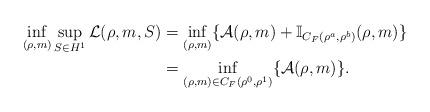
LaTeX: \begin{align*} \inf_{(\rho,m)}\sup_{S\in H^1}\mathcal L(\rho,m,S) &= \inf_{(\rho,m)} \{\mathcal A(\rho,m)+\mathbb I_{C_F(\rho^a,\rho^b)}(\rho,m)\}\\ &= \inf_{(\rho,m)\in C_F(\rho^0,\rho^1)} \{\mathcal A(\rho,m)\}.\end{align*}